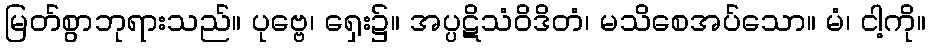
မြတ်စွာဘုရားသည်။ ပုဗ္ဗေ၊ ရှေး၌။ အပ္ပဋိသံဝိဒိတံ၊ မသိစေအပ်သော။ မံ၊ ငါ့ကို။